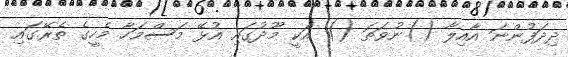
ދިދަފުންނަ އާއިލާ ()ނުވަތަ () އަކީ މޫދުގައި އުޅޭ މަސްމަހާ މެހީގެ ތެރޭގައި